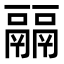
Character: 𩱇